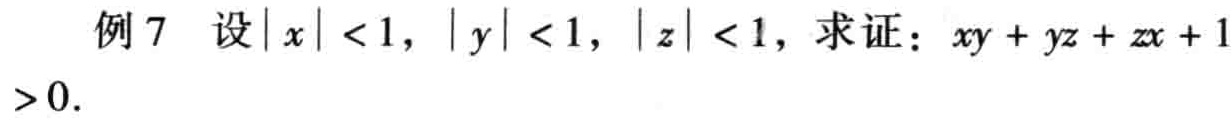
例 7 设\(\vert x\vert < 1\)，\(\vert y\vert < 1\)，\(\vert z\vert < 1\)，求证：\(xy + yz + zx + 1>0\)。